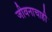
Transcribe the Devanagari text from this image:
जीवनाचाही